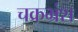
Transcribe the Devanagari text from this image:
चक्रभ्रंश